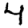
Digit: 4